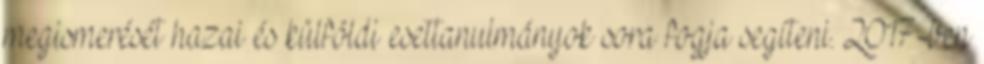
megismerését hazai és külföldi esettanulmányok sora fogja segíteni. 2017-ben